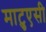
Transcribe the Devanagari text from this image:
माटुएसी